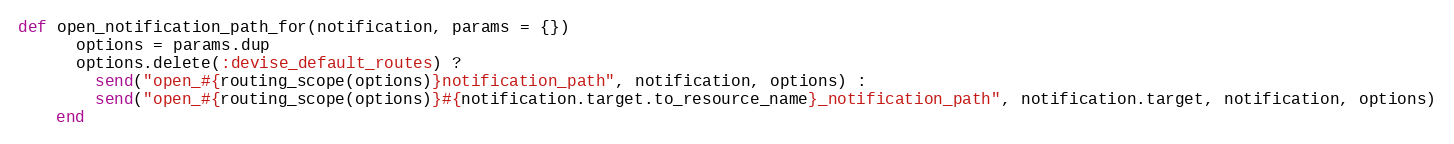
Language: Ruby
def open_notification_path_for(notification, params = {})
      options = params.dup
      options.delete(:devise_default_routes) ?
        send("open_#{routing_scope(options)}notification_path", notification, options) :
        send("open_#{routing_scope(options)}#{notification.target.to_resource_name}_notification_path", notification.target, notification, options)
    end